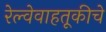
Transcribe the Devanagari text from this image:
रेल्वेवाहतूकीचे